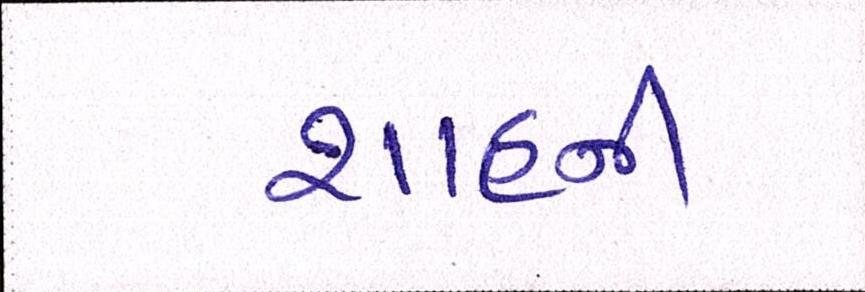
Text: શાહની